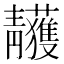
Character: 𩇥